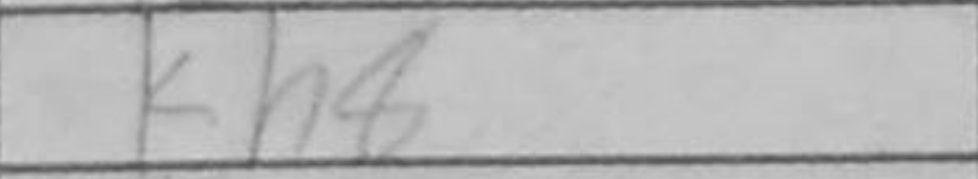
Transcription: Kh8